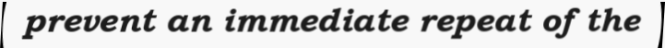
prevent an immediate repeat of the